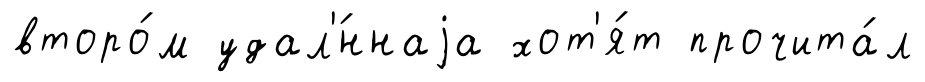
второ́м удал'́ннаjа хот'я́т прочита́л